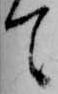
て